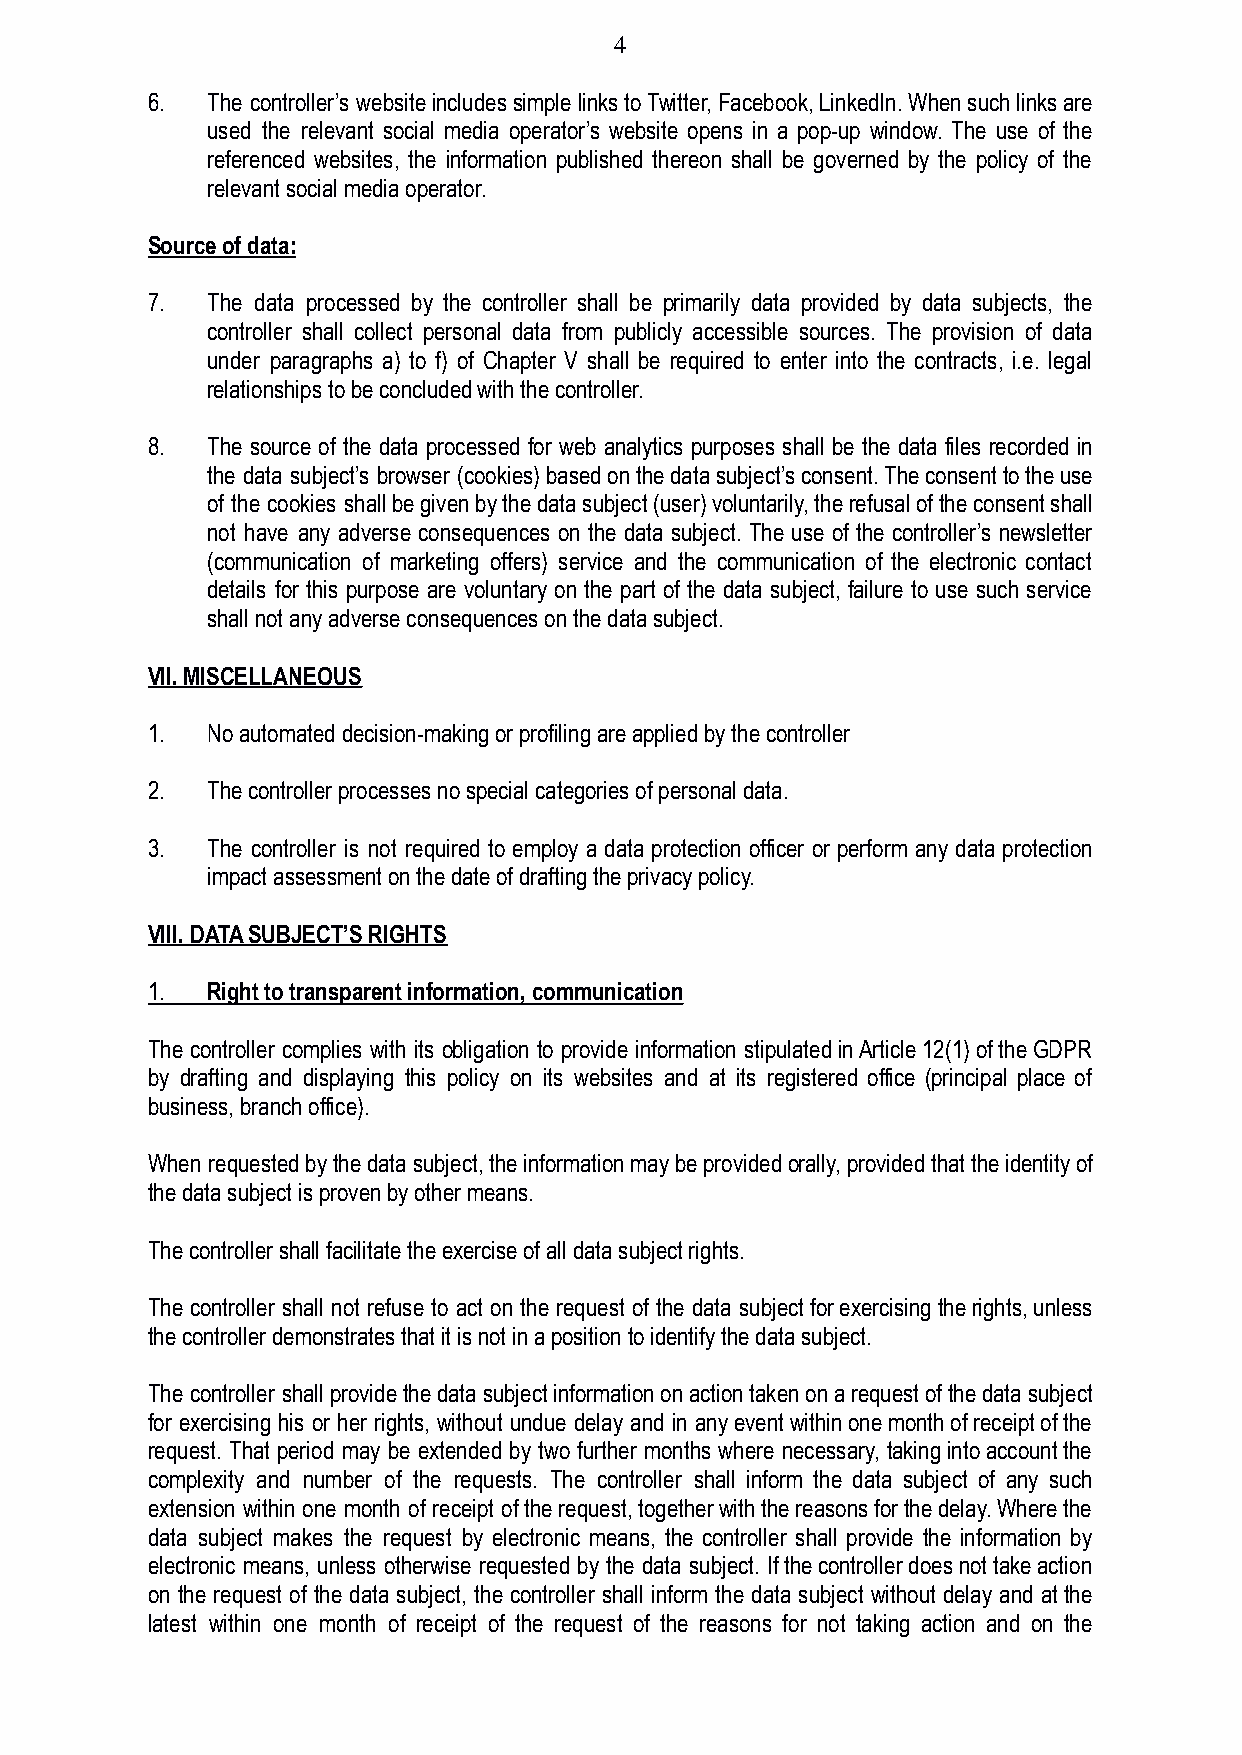
4
 6.  The controller’s websiteincludessimplelinkstoTwitter,Facebook,LinkedIn.Whensuchlinksare
 used the relevant social media operator’s website opens in a pop-up window. The use of the
 referenced websites, the information published thereon shall be governed by the policy of the
 relevant social media operator.
 Source of data:
 7.  The data processed by the controller shall be primarily data provided by data subjects, the
 controller shall collect personal data from publicly accessible sources. The provision of data
 under paragraphs a) to f) of Chapter V shall be required to enter into the contracts, i.e. legal
 relationships to be concluded with the controller.
 8.  The source of the data processed for web analytics purposes shall be the data files recorded in
 the data subject’s browser (cookies)basedonthedatasubject’sconsent.Theconsenttotheuse
 of the cookies shallbegivenbythedatasubject(user)voluntarily,therefusaloftheconsentshall
 not have any adverse consequences on the data subject. The use of the controller’s newsletter
 (communication of marketing offers) service and the communication of the electronic contact
 details for this purpose are voluntary on the part of the data subject, failure to use such service
 shall not any adverse consequences on the data subject.
 VII. MISCELLANEOUS
 1.  No automated decision-making or profiling are appliedby the controller
 2.  The controller processes no special categories ofpersonal data.
 3.  The controller is not required to employ a data protection officer or perform any data protection
 impact assessment on the date of drafting the privacypolicy.
 VIII. DATA SUBJECT’S RIGHTS
 1.  Right to transparent information, communication
 The controller complies with its obligation to provide information stipulatedinArticle12(1)oftheGDPR
 by drafting and displaying this policy on its websites and at its registered office (principal place of
 business, branch office).
 When requestedbythedatasubject,theinformationmaybeprovidedorally,providedthattheidentityof
 the data subject is proven by other means.
 The controller shall facilitate the exercise of alldata subject rights.
 The controller shall not refuse to act on the request of the data subjectforexercisingtherights,unless
 the controller demonstrates that it is not in a positionto identify the data subject.
 The controller shallprovidethedatasubjectinformationonactiontakenonarequestofthedatasubject
 for exercising his or her rights, without undue delay and in anyeventwithinonemonthofreceiptofthe
 request. That period may be extended by two further months where necessary, takingintoaccountthe
 complexity and number of the requests. The controller shall inform the data subject of any such
 extension within one month of receipt oftherequest,togetherwiththereasonsforthedelay.Wherethe
 data subject makes the request by electronic means, the controller shall provide the information by
 electronic means, unless otherwise requested by the data subject. Ifthecontrollerdoesnottakeaction
 on the request of the data subject, the controller shall inform the data subject without delay and atthe
 latest within one month of receipt of the request of the reasons for not taking action and on the